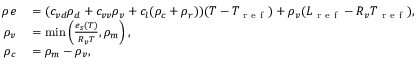
\begin{array} { r l } { \rho e } & { { } = ( c _ { v d } \rho _ { d } + c _ { v v } \rho _ { v } + c _ { l } ( \rho _ { c } + \rho _ { r } ) ) ( T - T _ { \mathrm { ~ r ~ e ~ f ~ } } ) + \rho _ { v } ( L _ { \mathrm { ~ r ~ e ~ f ~ } } - R _ { v } T _ { \mathrm { ~ r ~ e ~ f ~ } } ) , } \\ { \rho _ { v } } & { { } = \operatorname* { m i n } \left( \frac { e _ { s } ( T ) } { R _ { v } T } , \rho _ { m } \right) , } \\ { \rho _ { c } } & { { } = \rho _ { m } - \rho _ { v } , } \end{array}